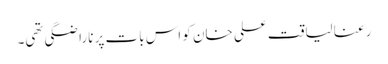
رعنا لیاقت علی خان کو اس بات پر ناراضگی تھی۔